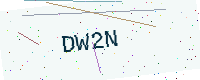
Text: DW2N